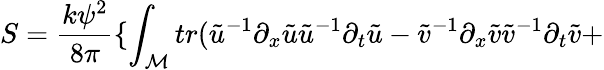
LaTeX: S=\frac{k\psi^{2}}{8\pi}\{ \int_{\cal M}tr(\tilde{u}^{-1}\partial_{x}\tilde{u}\tilde{u}^{-1}\partial_{t}\tilde{u}-\tilde{v}^{-1}\partial_{x}\tilde{v}\tilde{v}^{-1}\partial_{t}\tilde{v}+